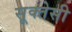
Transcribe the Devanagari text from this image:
सूक्तेसी